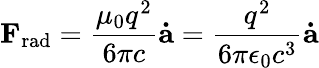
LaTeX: \mathbf{F}_{\mathrm{rad}}={\frac{\mu_{0}q^{2}}{6\pi c}}\mathbf{\dot{a}}={\frac{q^{2}}{6\pi\epsilon_{0}c^{3}}}\mathbf{\dot{a}}